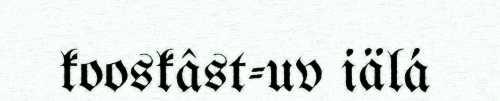
kooskâst-uv iälá